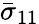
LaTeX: \bar{\sigma}_{11}